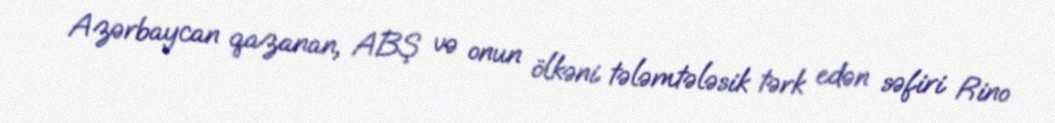
Azərbaycan qazanan, ABŞ və onun ölkəni tələmtələsik tərk edən səfiri Rino